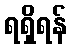
ရရှိရန်